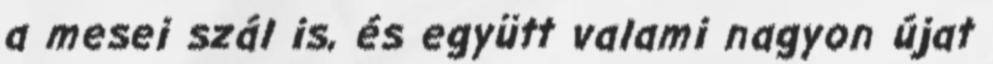
a mesei szál is, és együtt valami nagyon újat